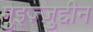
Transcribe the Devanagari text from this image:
मुइज़्ज़ुद्दीन